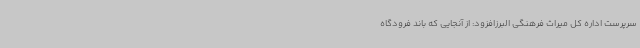
سرپرست اداره کل میراث فرهنگی البرزافزود: از آنجایی که باند فرودگاه